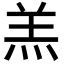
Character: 羔